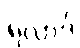
ရလာဒ်